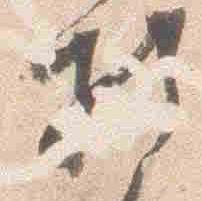
折